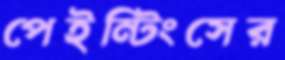
পেইন্টিংসের